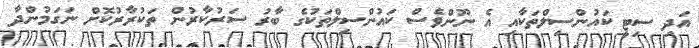
އަދި ސިޓީ ކައުންސިލްތަކާއި އެ ނޫންވެސް ކައުންސިލްތަކުގެ ބާރު ސަރުކާރުން ތަކުރާރުކޮށް ނަގަމުންދާ